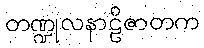
တဏ္ဍုလနာဠိဇာတက